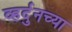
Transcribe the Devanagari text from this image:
व्हर्दुनच्या